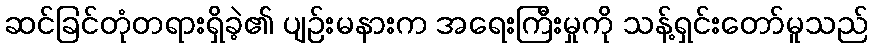
ဆင်ခြင်တုံတရားရှိခဲ့၏ ပျဉ်းမနားက အရေးကြီးမှုကို သန့်ရှင်းတော်မူသည်